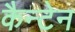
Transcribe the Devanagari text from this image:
कैन्टेन